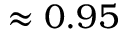
\approx 0 . 9 5